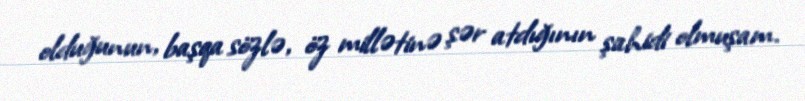
olduğunun, başqa sözlə, öz millətinə şər atdığının şahidi olmuşam.